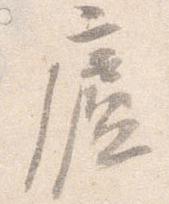
廬